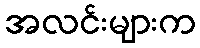
အလင်းများက